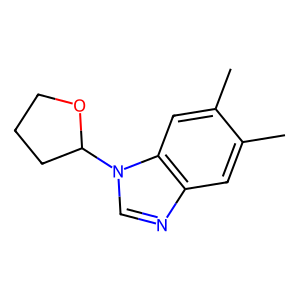
SMILES: Cc1cc2ncn(C3CCCO3)c2cc1C
Inhibits HIV replication: No